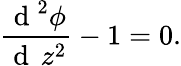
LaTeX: \frac{\mathrm{~d~}^{2}\phi}{\mathrm{~d~}\, z^{2}}-1=0.